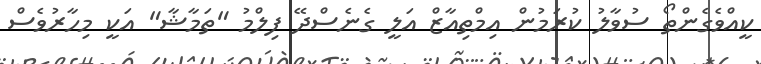
ކީއްވެގެންތޯ ސުވާލު ކުރަމުން އިމްތިއާޒް އަލީ ގެނެސްދޭ ފިލްމު "ތަމާޝާ" އަކީ މިހާރުވެސް